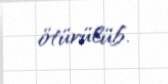
ötürülüb.